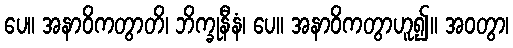
ပေ။ အနာဝိကတွာတိ၊ ဘိက္ခုနီနံ၊ ပေ။ အနာဝိကတွာဟူ၍။ အဝတွာ၊